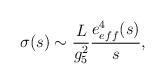
LaTeX: \begin{align*}\sigma(s) \sim {L\over g_5^2}\frac{e_{eff}^4(s)}{s},\end{align*}